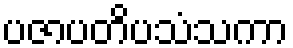
ပဇာပတိပသံသကာ